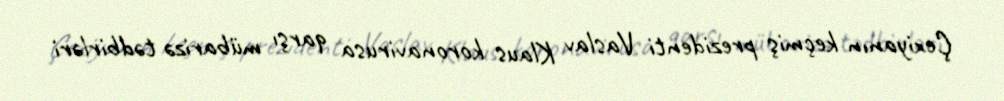
Çexiyanın keçmiş prezidenti Vaslav Klaus koronavirusa qarşı mübarizə tədbirləri